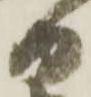
日